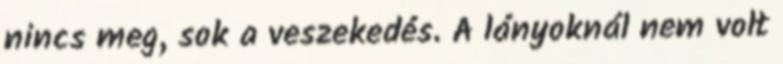
nincs meg, sok a veszekedés. A lányoknál nem volt